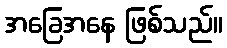
အခြေအနေ ဖြစ်သည်။